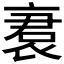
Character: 𬡝